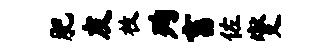
肥友枚殉畜佐燮